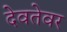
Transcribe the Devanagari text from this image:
देवतेवर